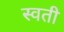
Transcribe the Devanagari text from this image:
स्वती